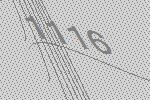
1116